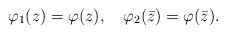
\begin{align*} \varphi _1(z) = \varphi (z), \quad \varphi _2(\bar{z}) = \varphi (\bar{z}).\end{align*}